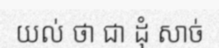
យល់ ថា ជា ដុំ សាច់